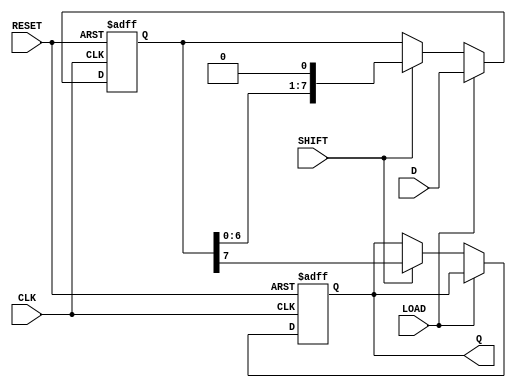
module PISO_Register #(
    parameter WIDTH = 8 // Parameter for the width of the parallel input data
)(
    input  wire [WIDTH-1:0] D,      // Parallel data input
    input  wire LOAD,                // Load control signal
    input  wire SHIFT,               // Shift control signal
    input  wire CLK,                 // Clock signal
    input  wire RESET,               // Reset signal
    output reg  Q                   // Serial output
);

    reg [WIDTH-1:0] shift_reg;       // Shift register to hold the data

    always @(posedge CLK or posedge RESET) begin
        if (RESET) begin
            // Clear the shift register on reset
            shift_reg <= {WIDTH{1'b0}};
            Q <= 1'b0; // Clear output as well
        end else begin
            if (LOAD) begin
                // Load parallel data into the shift register
                shift_reg <= D;
            end else if (SHIFT) begin
                // Shift data out to Q
                Q <= shift_reg[WIDTH-1]; // MSB is output
                shift_reg <= {shift_reg[WIDTH-2:0], 1'b0}; // Shift left
            end
            // If LOAD and SHIFT are both high, prioritize LOAD
        end
    end
endmodule